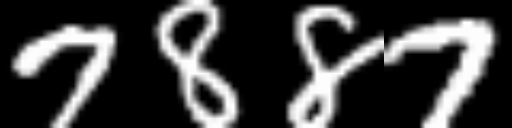
Text: 7887